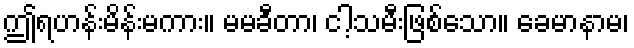
ဤရဟန်းမိန်းမကား။ မမခီတာ၊ ငါ့သမီးဖြစ်သော။ ခေမာနာမ၊